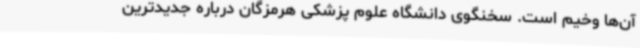
آن‌ها وخیم است. سخنگوی دانشگاه علوم پزشکی هرمزگان درباره جدیدترین